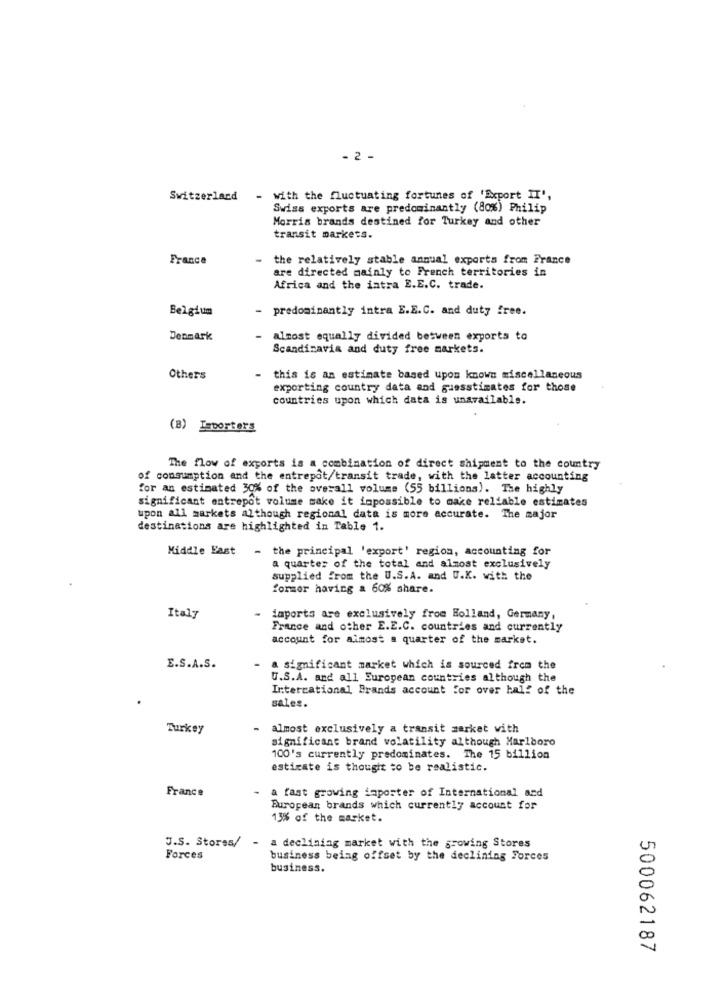
- 2 -
Switzerland - with the fluctuating fortunes of 'Export IT',
Swiss exports are predominantly (80%) Philip
Morris brands destined for Turkey and other
transit markets.
France
the relatively stable annual exports from France
are directed mainly to French territories in
Africa and the intra E.E.C. trade.
Belgium
- predominantly intra E.E.C. and duty free.
Denmark
almost equally divided between exports to
Scandinavia and duty free markets.
Others
this is an estimate based upon known miscellaneous
exporting country data and guesstimates for those
countries upon which data is unavailable.
(B) Importers
The flow of exports is a combination of direct shipment to the country
of consumption and the entrepot/transit trade, with the latter accounting
for an estimated 30% of the overall volume (55 billions). The highly
significant entrepôt volume make it impossible to make reliable estimates
upon all markets although regional data is more accurate. The major
destinations are highlighted in Table 1.
Middle East
- the principal 'export' region, accounting for
a quarter of the total and almost exclusively
supplied from the U.S.A. and U.K. with the
former having a 60% share.
Italy
- jaports are exclusively from Holland, Germany,
France and other E.E.C. countries and currently
account for almost a quarter of the market.
E.S.A.S.
a significant market which is sourced from the
U.S.A. and all European countries although the
International Brands account for over half of the
sales.
Turkey
- almost exclusively a transit market with
significant brand volatility although Marlboro
100's currently predominates. The 15 billion
estirate is thought to be realistic.
France
-
a fast growing inporter of International and
Buropean brands which currently account for
13% of the market.
J.S. Stores/ - a declining market with the growing Stores
Forces
business being offset by the declining Forces
business.
500062187